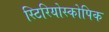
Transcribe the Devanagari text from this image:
स्टिरियोस्कोपिक